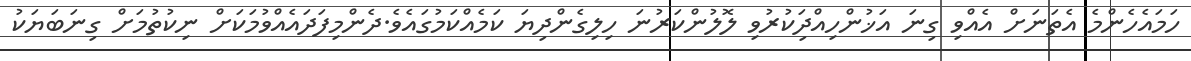
ހަމައެހެންމެ އެތަނަށް އެއްވި ގިނަ އަޚުންހިއްދަިކުރުވި ލޮލުންކަރުނަ ހިލިގެންދިޔަ ކަމެއްކަމުގައެވެ.ދެންމިފަދައެއްވުމަކަށް ނިކުތުމަށް ގިނަބަޔަކު